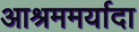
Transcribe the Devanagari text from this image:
आश्रममर्यादा